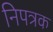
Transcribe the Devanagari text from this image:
निपत्रक